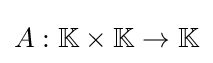
A:\mathbb {K} \times \mathbb {K} \to \mathbb {K}